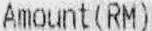
AMOUNT(RM)